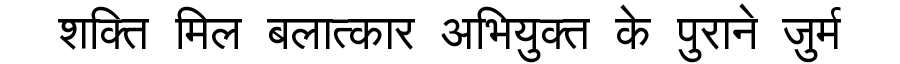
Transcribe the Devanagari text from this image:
शक्ति मिल बलात्कार अभियुक्त के पुराने जुर्म